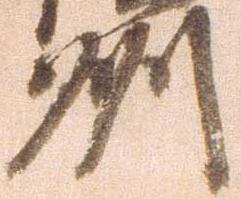
州